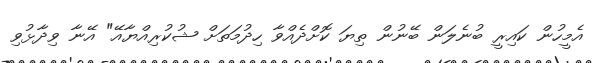
އެމީހުން ކައިރީ ބުނެލަން ބޭނުން ތިޔަ ކޮށްދެއްވާ ހިދުމަތަށް ޝުކުރިއްޔާއޭ" އޭނާ ވިދާޅުވި